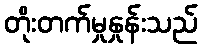
တိုးတက်မှုနှုန်းသည်